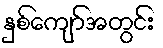
နှစ်ကျော်အတွင်း